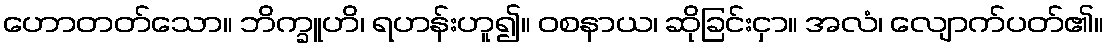
ဟောတတ်သော။ ဘိက္ခူဟိ၊ ရဟန်းဟူ၍။ ဝစနာယ၊ ဆိုခြင်းငှာ။ အလံ၊ လျောက်ပတ်၏။